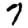
Digit: 7